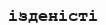
ізденісті